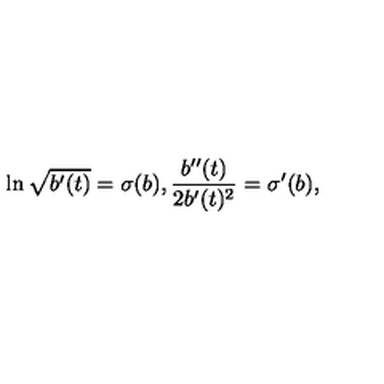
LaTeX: \ln \sqrt { b ^ { \prime } ( t ) } = \sigma ( b ) , \frac { b ^ { \prime \prime } ( t ) } { 2 b ^ { \prime } ( t ) ^ { 2 } } = \sigma ^ { \prime } ( b ) ,